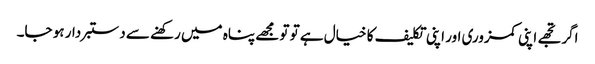
اگر تجھے اپنی کمزوری اور اپنی تکلیف کا خیال ہے تو تو مجھے پناہ میں رکھنے سے دستبردار ہو جا۔